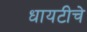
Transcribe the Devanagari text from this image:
धायटीचे